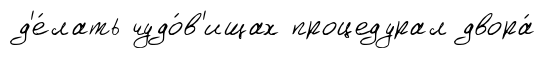
д'е́лать чудо́в'ищах процедурал двора́